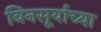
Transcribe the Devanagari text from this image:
बिनसूर्याच्या